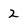
Character: 2